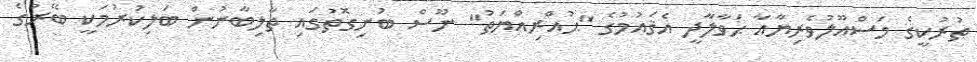
ތުރުކީގެ މަސްއޫލުވެރިޔާއާ ޙަވާލާދީ އެޤައުމުގެ "ޙުއްރިއްޔަތު" ނޫސް ބުނިގޮތުގައި ތާލިބާނުން ބަލިކުރުމަކީ ބޭރުގެ